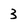
Character: 3